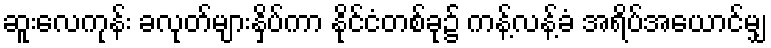
ဆူးလေကုန်း ခလုတ်များနှိပ်ကာ နိုင်ငံတစ်ခု၌ ကန့်လန့်ခံ အရိပ်အယောင်မျှ